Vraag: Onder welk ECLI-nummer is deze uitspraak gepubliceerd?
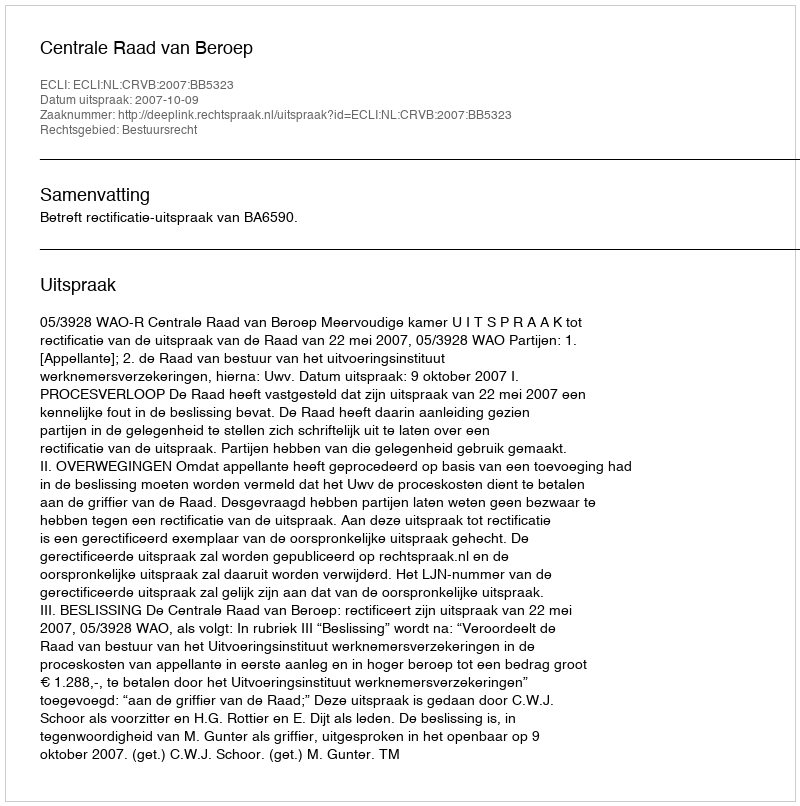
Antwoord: ECLI:NL:CRVB:2007:BB5323